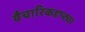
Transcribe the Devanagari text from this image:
वैचारिकदृष्‍ट्या